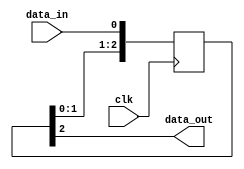
module cascade_synchronizer (
    input wire data_in,
    input wire clk,
    output reg data_out
);

reg [2:0] ff_internal;

always @(posedge clk) begin
    ff_internal <= {ff_internal[1:0], data_in};
end

assign data_out = ff_internal[2];

endmodule